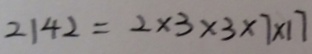
2 1 4 2 = 2 \times 3 \times 3 \times 7 \times 1 7